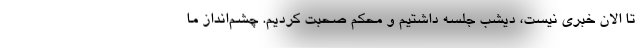
تا الان خبری نیست، دیشب جلسه داشتیم و محکم صحبت کردیم. چشم‌انداز ما